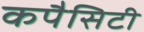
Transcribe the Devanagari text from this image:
कपैसिटी